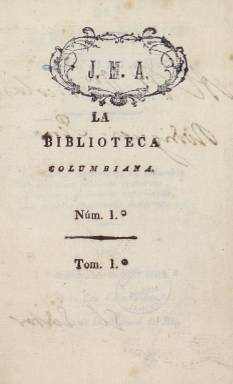
Título: La Biblioteca columbiana
Colección: Historia
Ámbito geográfico: Perú
Lugar de publicación: Lima
Fechas: 01/12/1821-01/12/1821

El título de esta publicación editada en Lima en 1821 puede dar lugar a confusión al emplear el adjetivo columbiana en lugar de colombiana, que es la forma actual, pero es un buen indicador de la etimología de la palabra, derivada de Columbus, el apellido en latín de Cristóbal Colón (Cristoforo Colombo en italiano).

   Se trata de una revista política, literaria y científica de la que solo se editó un número, el correspondiente al 1 de diciembre de 1821. Un prospecto aparecido el 1 de octubre de ese año informaba de que saldría mensualmente el primero de cada mes, pero lo cierto es que solo se publicó el citado número de diciembre.

   La publicación contiene documentos históricos relacionados con la guerra de la independencia de las colonias sudamericanas, varias de las cuales se agrupaban dentro de lo que se llamaba la Gran Colombia, impulsada por Simón Bolívar.

Pueden leerse también en la revista artículos políticos, morales, colaboraciones científicas e incluso literarias, como una oda recitada en Lima el 28 de julio de 1821, día en que el general San Martín proclamó la independencia del Perú en la plaza mayor de Lima. No obstante, la independencia real de España se produjo unos años después. Perú acabó también desligándose de la Gran Colombia y afirmándose como nación.

     El editor de la revista fue Juan García del Río, primer canciller o ministro de Relaciones Exteriores del Perú, que ocupó el cargo de febrero a octubre de 1821 y llegó a ser presidente de la Gran Colombia. García del Río, nacido en Cartagena Indias y fallecido en México, también ocupó cargos en el Gobierno de Chile, lo que da una idea de la gran inestabilidad y movilidad que había en aquellos años en los países sudamericanos y entre los prohombres que lograron su independencia de España.

    En las últimas páginas de la publicación hay un índice con el contenido de la misma. En la llamada sección IV hay noticias de actualidad de varias naciones europeas y de Columbia, denominación en la que se integra al Río de la Plata, Chile, Colombia, México y Perú.

  En lo referente a España se hace una pintura de la situación bastante negra, como un país en completa anarquía, a pesar de que un año antes, en 1820, se había restablecido la Constitución de Cádiz de 1812, que el rey Fernando VII había tenido que aceptar a la fuerza.

[Descripción publicada el 06/10/2022]